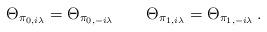
LaTeX: \begin{align*}\Theta_{\pi_{0,i\lambda}}=\Theta_{\pi_{0,-i\lambda}} \qquad\Theta_{\pi_{1,i\lambda}}=\Theta_{\pi_{1,-i\lambda}}\,.\end{align*}